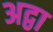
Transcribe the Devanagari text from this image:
अद्वा